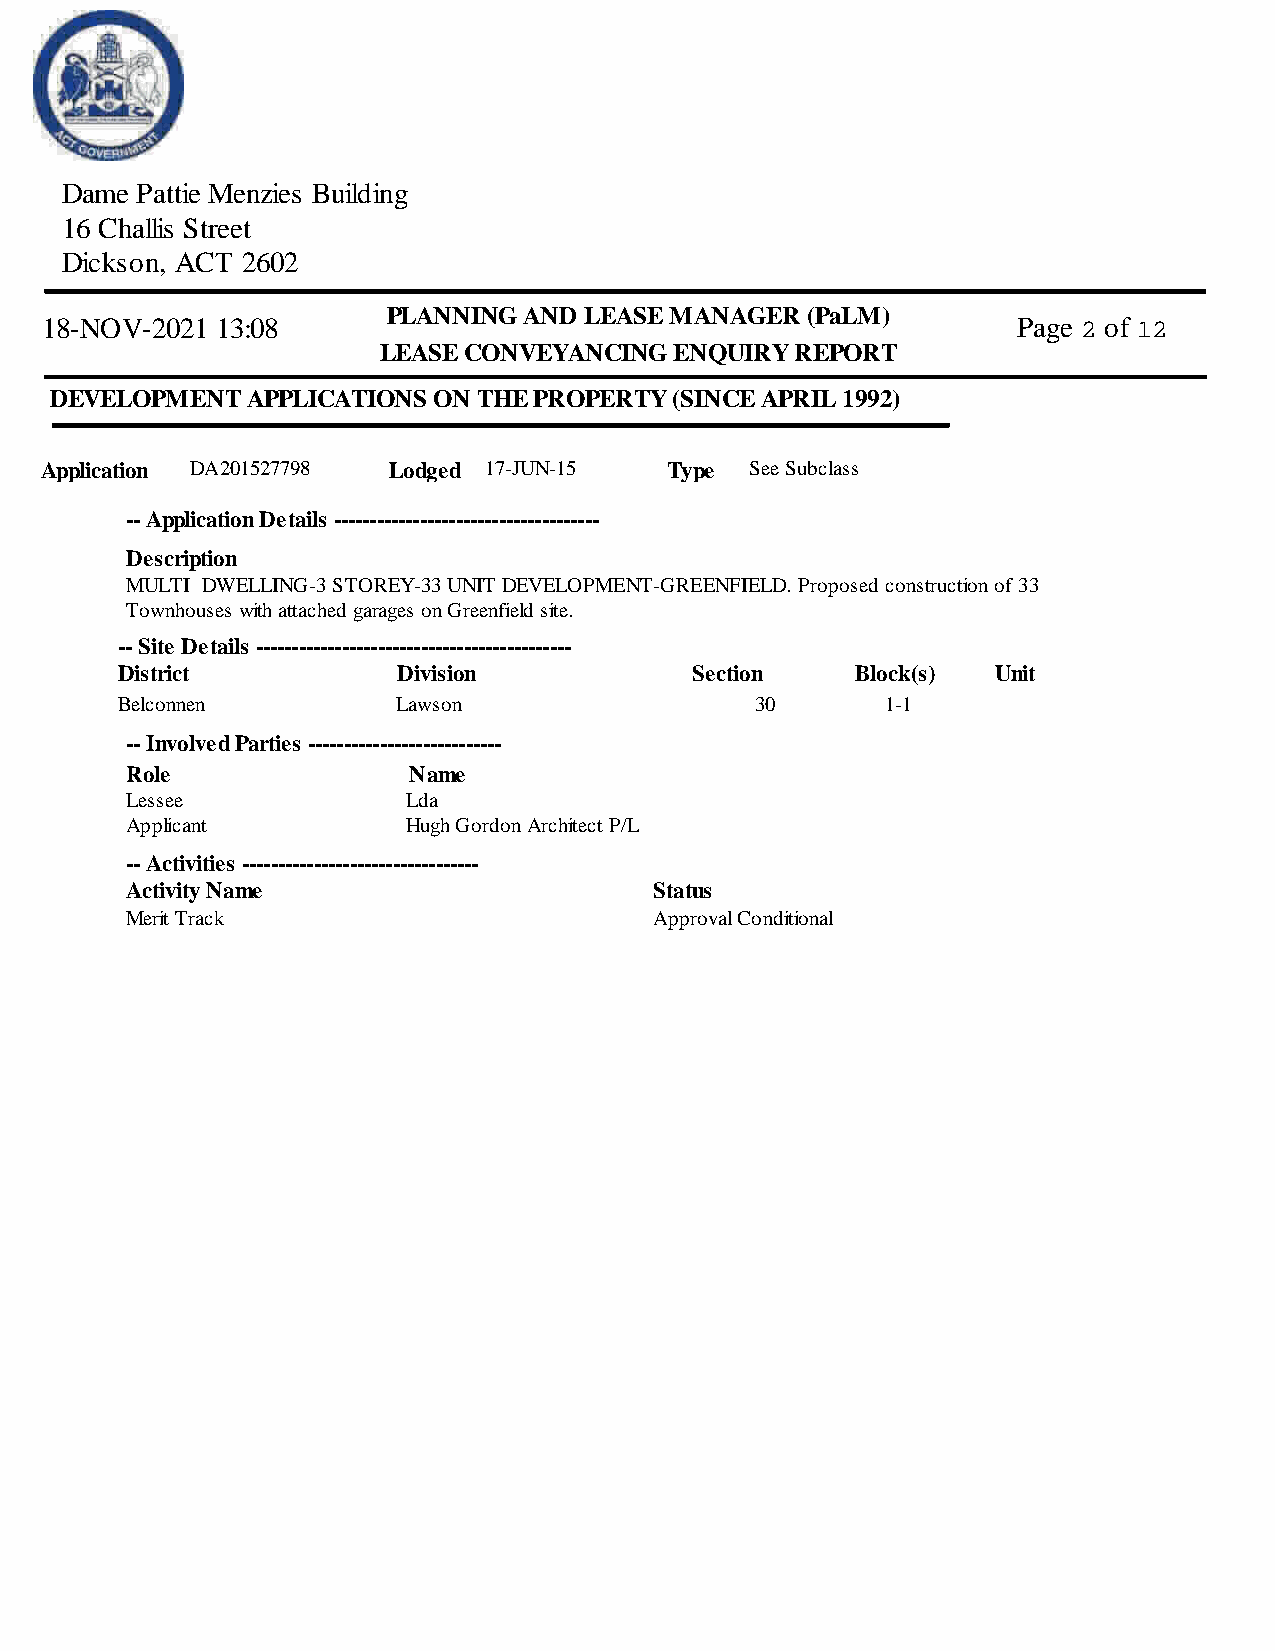
Dame Pattie Menzies Building
 16 Challis Street
 Dickson, ACT 2602
 PLANNING AND LEASE MANAGER  (PaLM)
 18-NOV-2021 13:08                                               Page 2 of 12
 LEASE CONVEYANCING  ENQUIRY  REPORT
 DEVELOPMENT   APPLICATIONS ON THE PROPERTY (SINCE APRIL 1992)
 Application DA201527798 Lodged 17-JUN-15 Type  See Subclass
 -- Application Details -------------------------------------
 Description
 MULTI DWELLING-3 STOREY-33 UNIT DEVELOPMENT-GREENFIELD. Proposed construction of 33
 Townhouses with attached garages on Greenfield site.
 -- Site Details --------------------------------------------
 District          Division            Section    Block(s) Unit
 Belconnen         Lawson                  30       1-1
 -- Involved Parties ---------------------------
 Role               Name
 Lessee             Lda
 Applicant          Hugh Gordon Architect P/L
 -- Activities ---------------------------------
 Activity Name                      Status
 Merit Track                        Approval Conditional